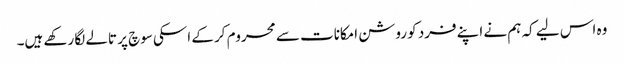
وہ اس لیے کہ ہم نے اپنے فرد کو روشن امکانات سے محروم کر کے اسکی سوچ پر تالے لگا رکھے ہیں۔